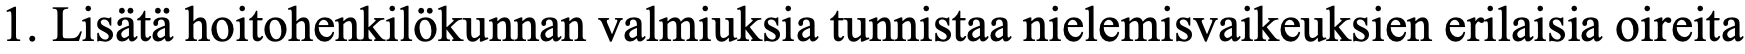
1. Lisätä hoitohenkilökunnan valmiuksia tunnistaa nielemisvaikeuksien erilaisia oireita